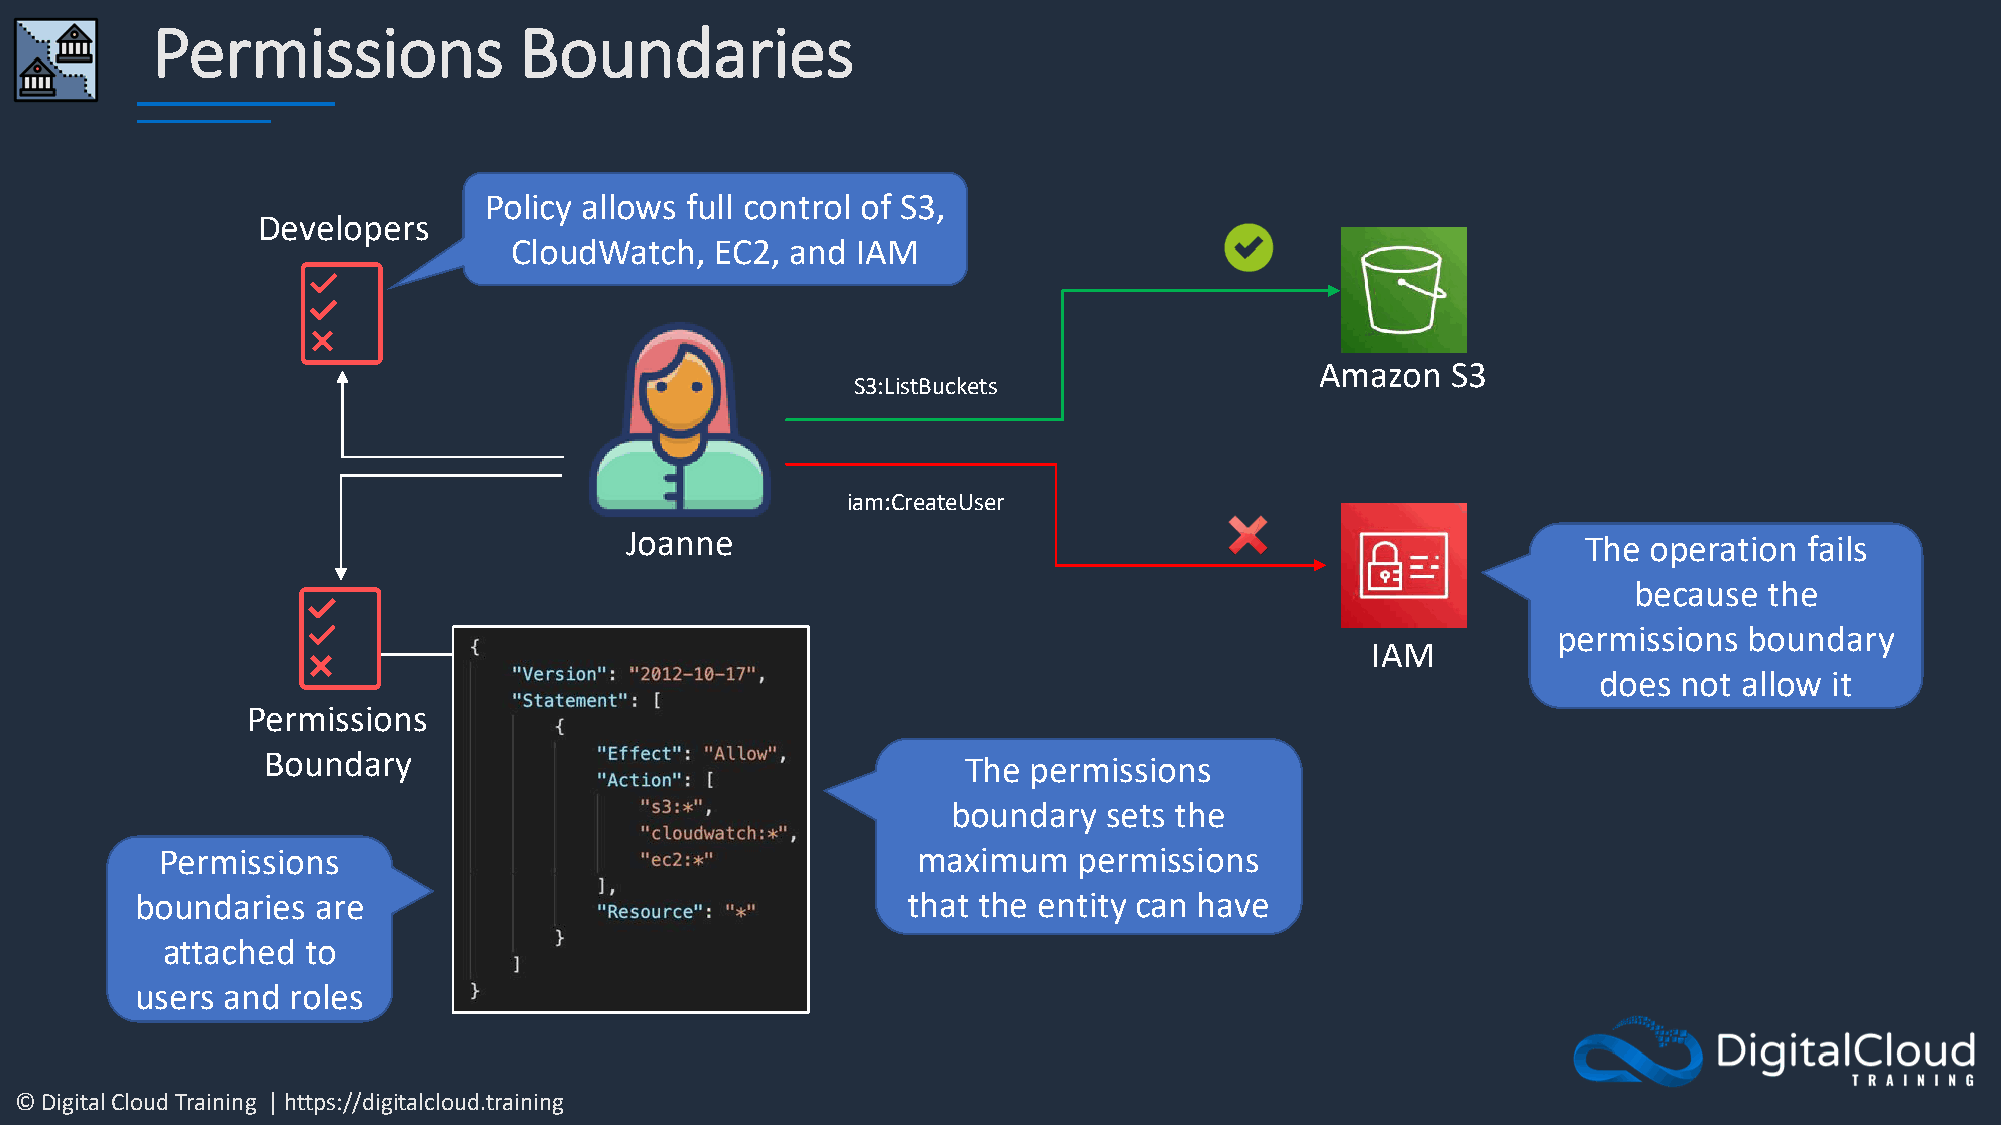
Permissions             Boundaries
 Policy allows full control of S3,
 Developers
 CloudWatch,  EC2, and  IAM
 Amazon   S3
 S3:ListBuckets
 iam:CreateUser
 Joanne                                                          The operation  fails
 because  the
 permissions  boundary
 IAM
 does not allow it
 Permissions
 Boundary                                       The permissions
 boundary  sets the
 Permissions                                       maximum   permissions
 boundaries  are                                    that the entity can have
 attached to
 users and roles
 © Digital Cloud Training | https://digitalcloud.training